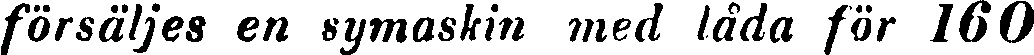
försäljes en symaskin med låda för 160